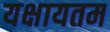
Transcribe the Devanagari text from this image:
यक्षायतम